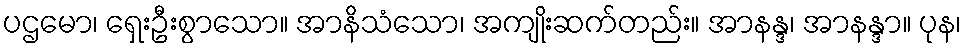
ပဌမော၊ ရှေးဦးစွာသော။ အာနိသံသော၊ အကျိုးဆက်တည်း။ အာနန္ဒ၊ အာနန္ဒာ။ ပုန၊